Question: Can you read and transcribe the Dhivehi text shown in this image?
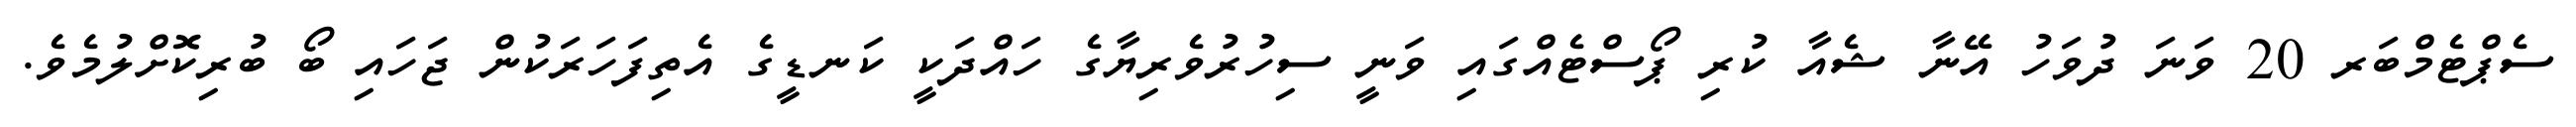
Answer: ސެޕްޓެމްބަރ 20 ވަނަ ދުވަހު އޭނާ ޝެއާ ކުރި ޕޯސްޓެއްގައި ވަނީ ސިހުރުވެރިޔާގެ ހައްދަކީ ކަނޑީގެ އެތިފަހަރަކުން ޖަހައި ބޯ ބުރިކޮށްލުމެވެ.